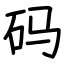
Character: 码